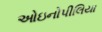
ઓઇનોપીલિયા